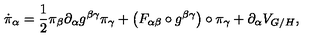
\dot { \pi } _ { \alpha } = \frac { 1 } { 2 } \pi _ { \beta } \partial _ { \alpha } g ^ { \beta \gamma } \pi _ { \gamma } + \left( F _ { \alpha \beta } \circ g ^ { \beta \gamma } \right) \circ \pi _ { \gamma } + \partial _ { \alpha } V _ { G / H } ,